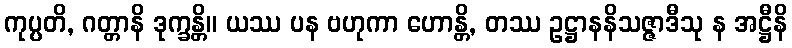
ကုပ္ပတိ, ဂတ္တာနိ ဒုက္ခန္တိ။ ယဿ ပန ဗဟုကာ ဟောန္တိ, တဿ ဥဋ္ဌာနနိသဇ္ဇာဒီသု န အဋ္ဌီနိ